Madras plague regulations and rules - Volume 1
Disease focus: Plague
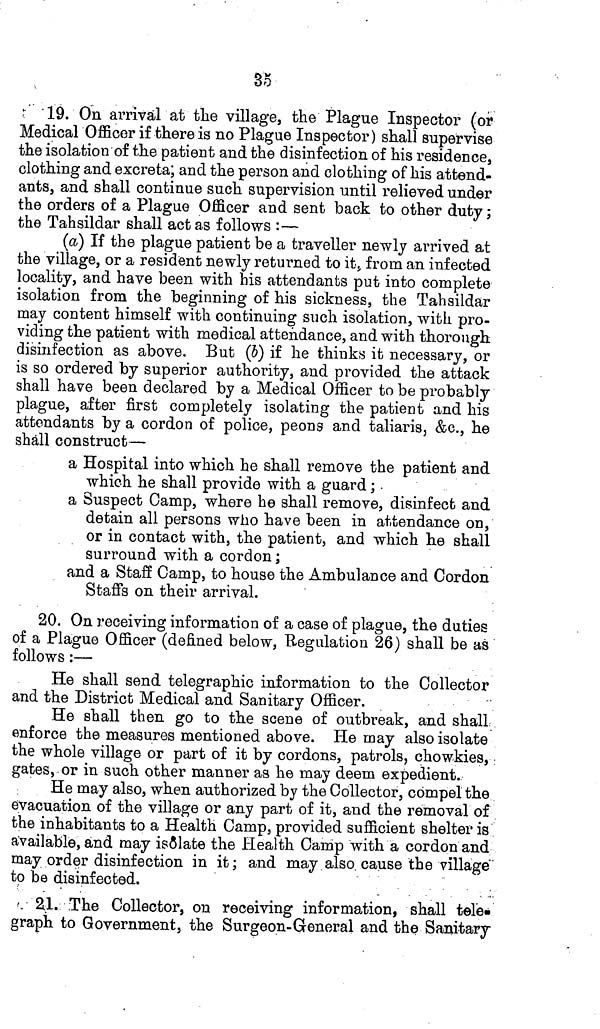
3$
19. On arrival at the village, the Plague Inspector (or
Medical Officer if there is no Plague Inspector) shall supervise
the isolation of the patient and the disinfection of his residence,
clothing and excreta; and the person and clothing of his attend-
ants, and shall continue such supervision until relieved under
the orders of a Plague Officer and sent back to other duty;
the Tahsildar shall act as follows :—
(a) If the plague patient be a traveller newly arrived at
the village, or a resident newly returned to it, from an infected
locality, and have been with his attendants put into complete
isolation from the beginning of his sickness, the Tahsildar
may content himself with continuing such isolation, with pro-
viding the patient with medical attendance, and with thorough
disinfection as above. But (b) if he thinks it necessary, or
is so ordered by superior authority, and provided the attack
shall have been declared by a Medical Officer to be probably
plague, after first completely isolating the patient and his
attendants by a cordon of police, peons and taliaris, &c., he
shall construct—
a Hospital into which he shall remove the patient and
which he shall provide with a guard; .
a Suspect Camp, where he shall remove, disinfect and
detain all persons who have been in attendance on,
or in contact with, the patient, and which he shall
surround with a cordon;
and a Staff Camp, to house the Ambulance and Cordon
Staffs on their arrival.
20. On receiving information of a case of plague, the duties
of a Plague Officer (defined below, Regulation 26) shall be as
follows:—
He shall send telegraphic information to the Collector
and the District Medical and Sanitary Officer.
He shall then go to the scene of outbreak, and shall
enforce the measures mentioned above. He may also isolate
the whole village or part of it by cordons, patrols, chowkies,
gates, or in such other manner as he may deem expedient.
He may also, when authorized by the Collector, compel the
evacuation of the village or any part of it, and the removal of
the inhabitants to a Health Camp, provided sufficient shelter is
available, and may isolate the Health Camp with a cordon and
may order disinfection in it; and may also cause the village
to be disinfected.
2,1. The Collector, on receiving information, shall tele-
graph to Government, the Surgeon-General and the Sanitary